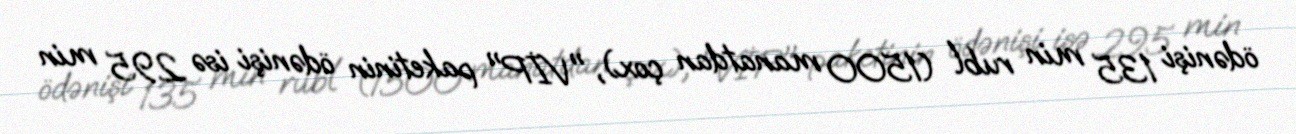
ödənişi 135 min rubl (1500 manatdan çox), "VİP" paketinin ödənişi isə 295 min